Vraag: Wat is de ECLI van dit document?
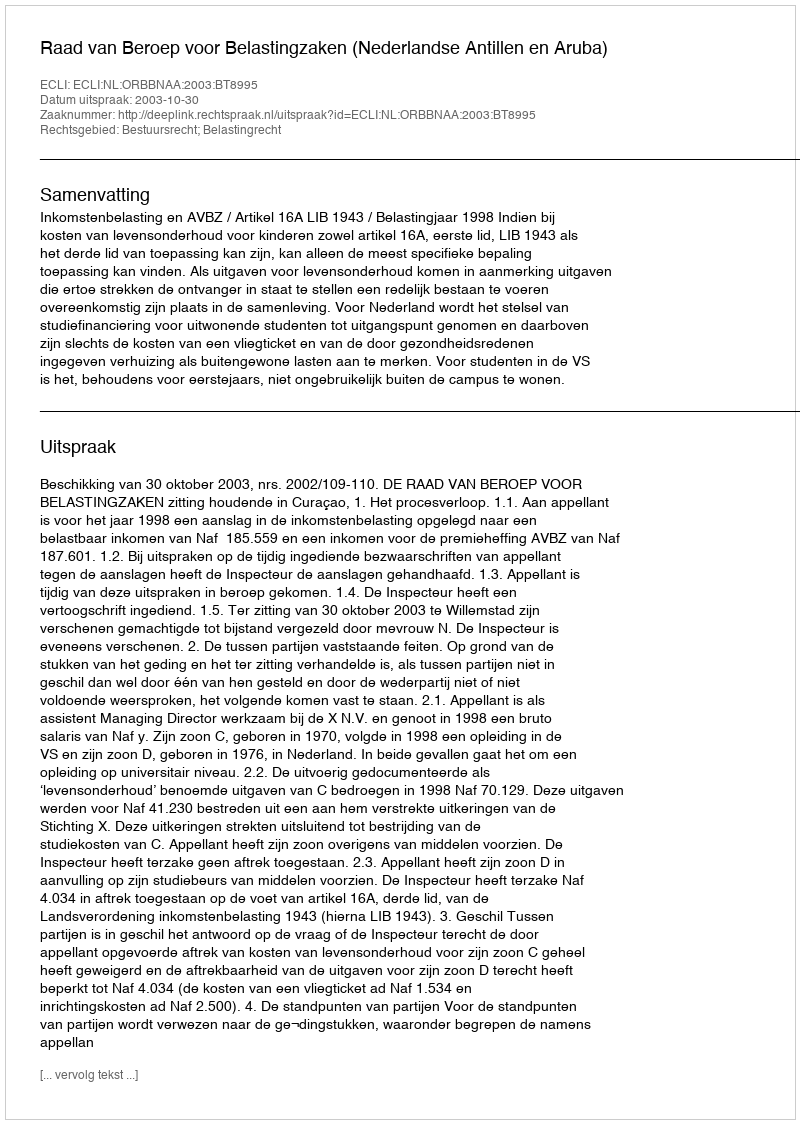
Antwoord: ECLI:NL:ORBBNAA:2003:BT8995